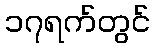
၁၇ရက်တွင်